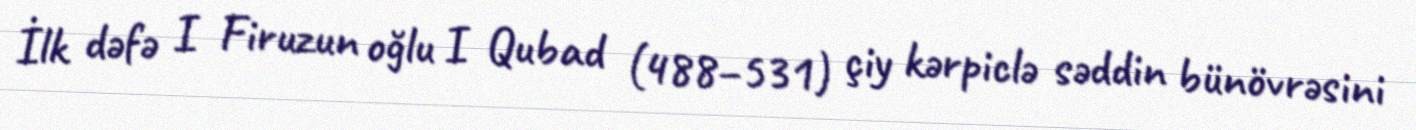
İlk dəfə I Firuzun oğlu I Qubad (488–531) çiy kərpiclə səddin bünövrəsini